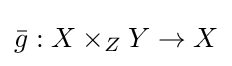
{\bar {g}}:X\times _{Z}Y\rightarrow X